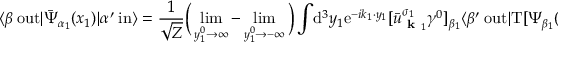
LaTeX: \langle \beta \ \mathrm { o u t } | { \bar { \Psi } } _ { \alpha _ { 1 } } ( x _ { 1 } ) | \alpha ^ { \prime } \ \mathrm { i n } \rangle = { \frac { 1 } { \sqrt { Z } } } { \Big ( } \operatorname* { l i m } _ { y _ { 1 } ^ { 0 } \rightarrow \infty } - \operatorname* { l i m } _ { y _ { 1 } ^ { 0 } \rightarrow - \infty } { \Big ) } \int \! \mathrm { d } ^ { 3 } y _ { 1 } \mathrm { e } ^ { - i k _ { 1 } \cdot y _ { 1 } } [ { \bar { u } } _ { { \textbf { k } } _ { 1 } } ^ { \sigma _ { 1 } } \gamma ^ { 0 } ] _ { \beta _ { 1 } } \langle \beta ^ { \prime } \ \mathrm { o u t } | \mathrm { T } [ \Psi _ { \beta _ { 1 } } ( y _ { 1 } ) { \bar { \Psi } } _ { \alpha _ { 1 } } ( x _ { 1 } ) ] | \alpha ^ { \prime } \ \mathrm { i n } \rangle .